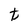
Character: t